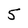
Character: 5